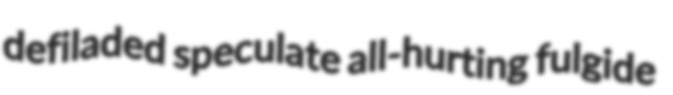
defiladed speculate all-hurting fulgide